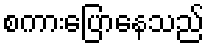
စကားပြောနေသည်